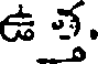
ఉ త.